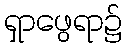
ရှာဖွေရာ၌